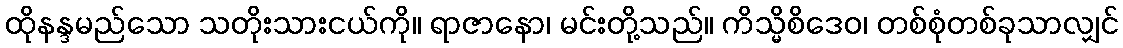
ထိုနန္ဒမည်သော သတိုးသားငယ်ကို။ ရာဇာနော၊ မင်းတို့သည်။ ကိသ္မိစိဒေဝ၊ တစ်စုံတစ်ခုသာလျှင်